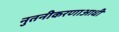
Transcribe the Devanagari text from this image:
नुतनीकरणाआधी